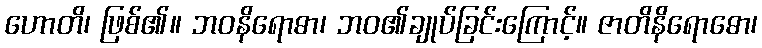
ဟောတိ၊ ဖြစ်၏။ ဘဝနိရောဓာ၊ ဘဝ၏ချုပ်ခြင်းကြောင့်။ ဇာတိနိရောဓော၊